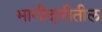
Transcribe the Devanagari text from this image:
भागीदारीतील